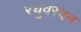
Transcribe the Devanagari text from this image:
रघुवरवन